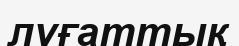
лұғаттық